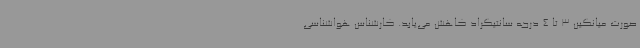
صورت میانگین 3 تا 4 درجه سانتیگراد کاهش می‌یابد. کارشناس هواشناسی